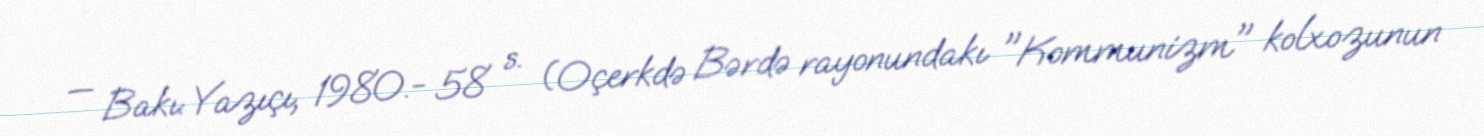
— Bakı: Yazıçı, 1980.- 58 s. (Oçerkdə Bərdə rayonundakı "Kommunizm" kolxozunun